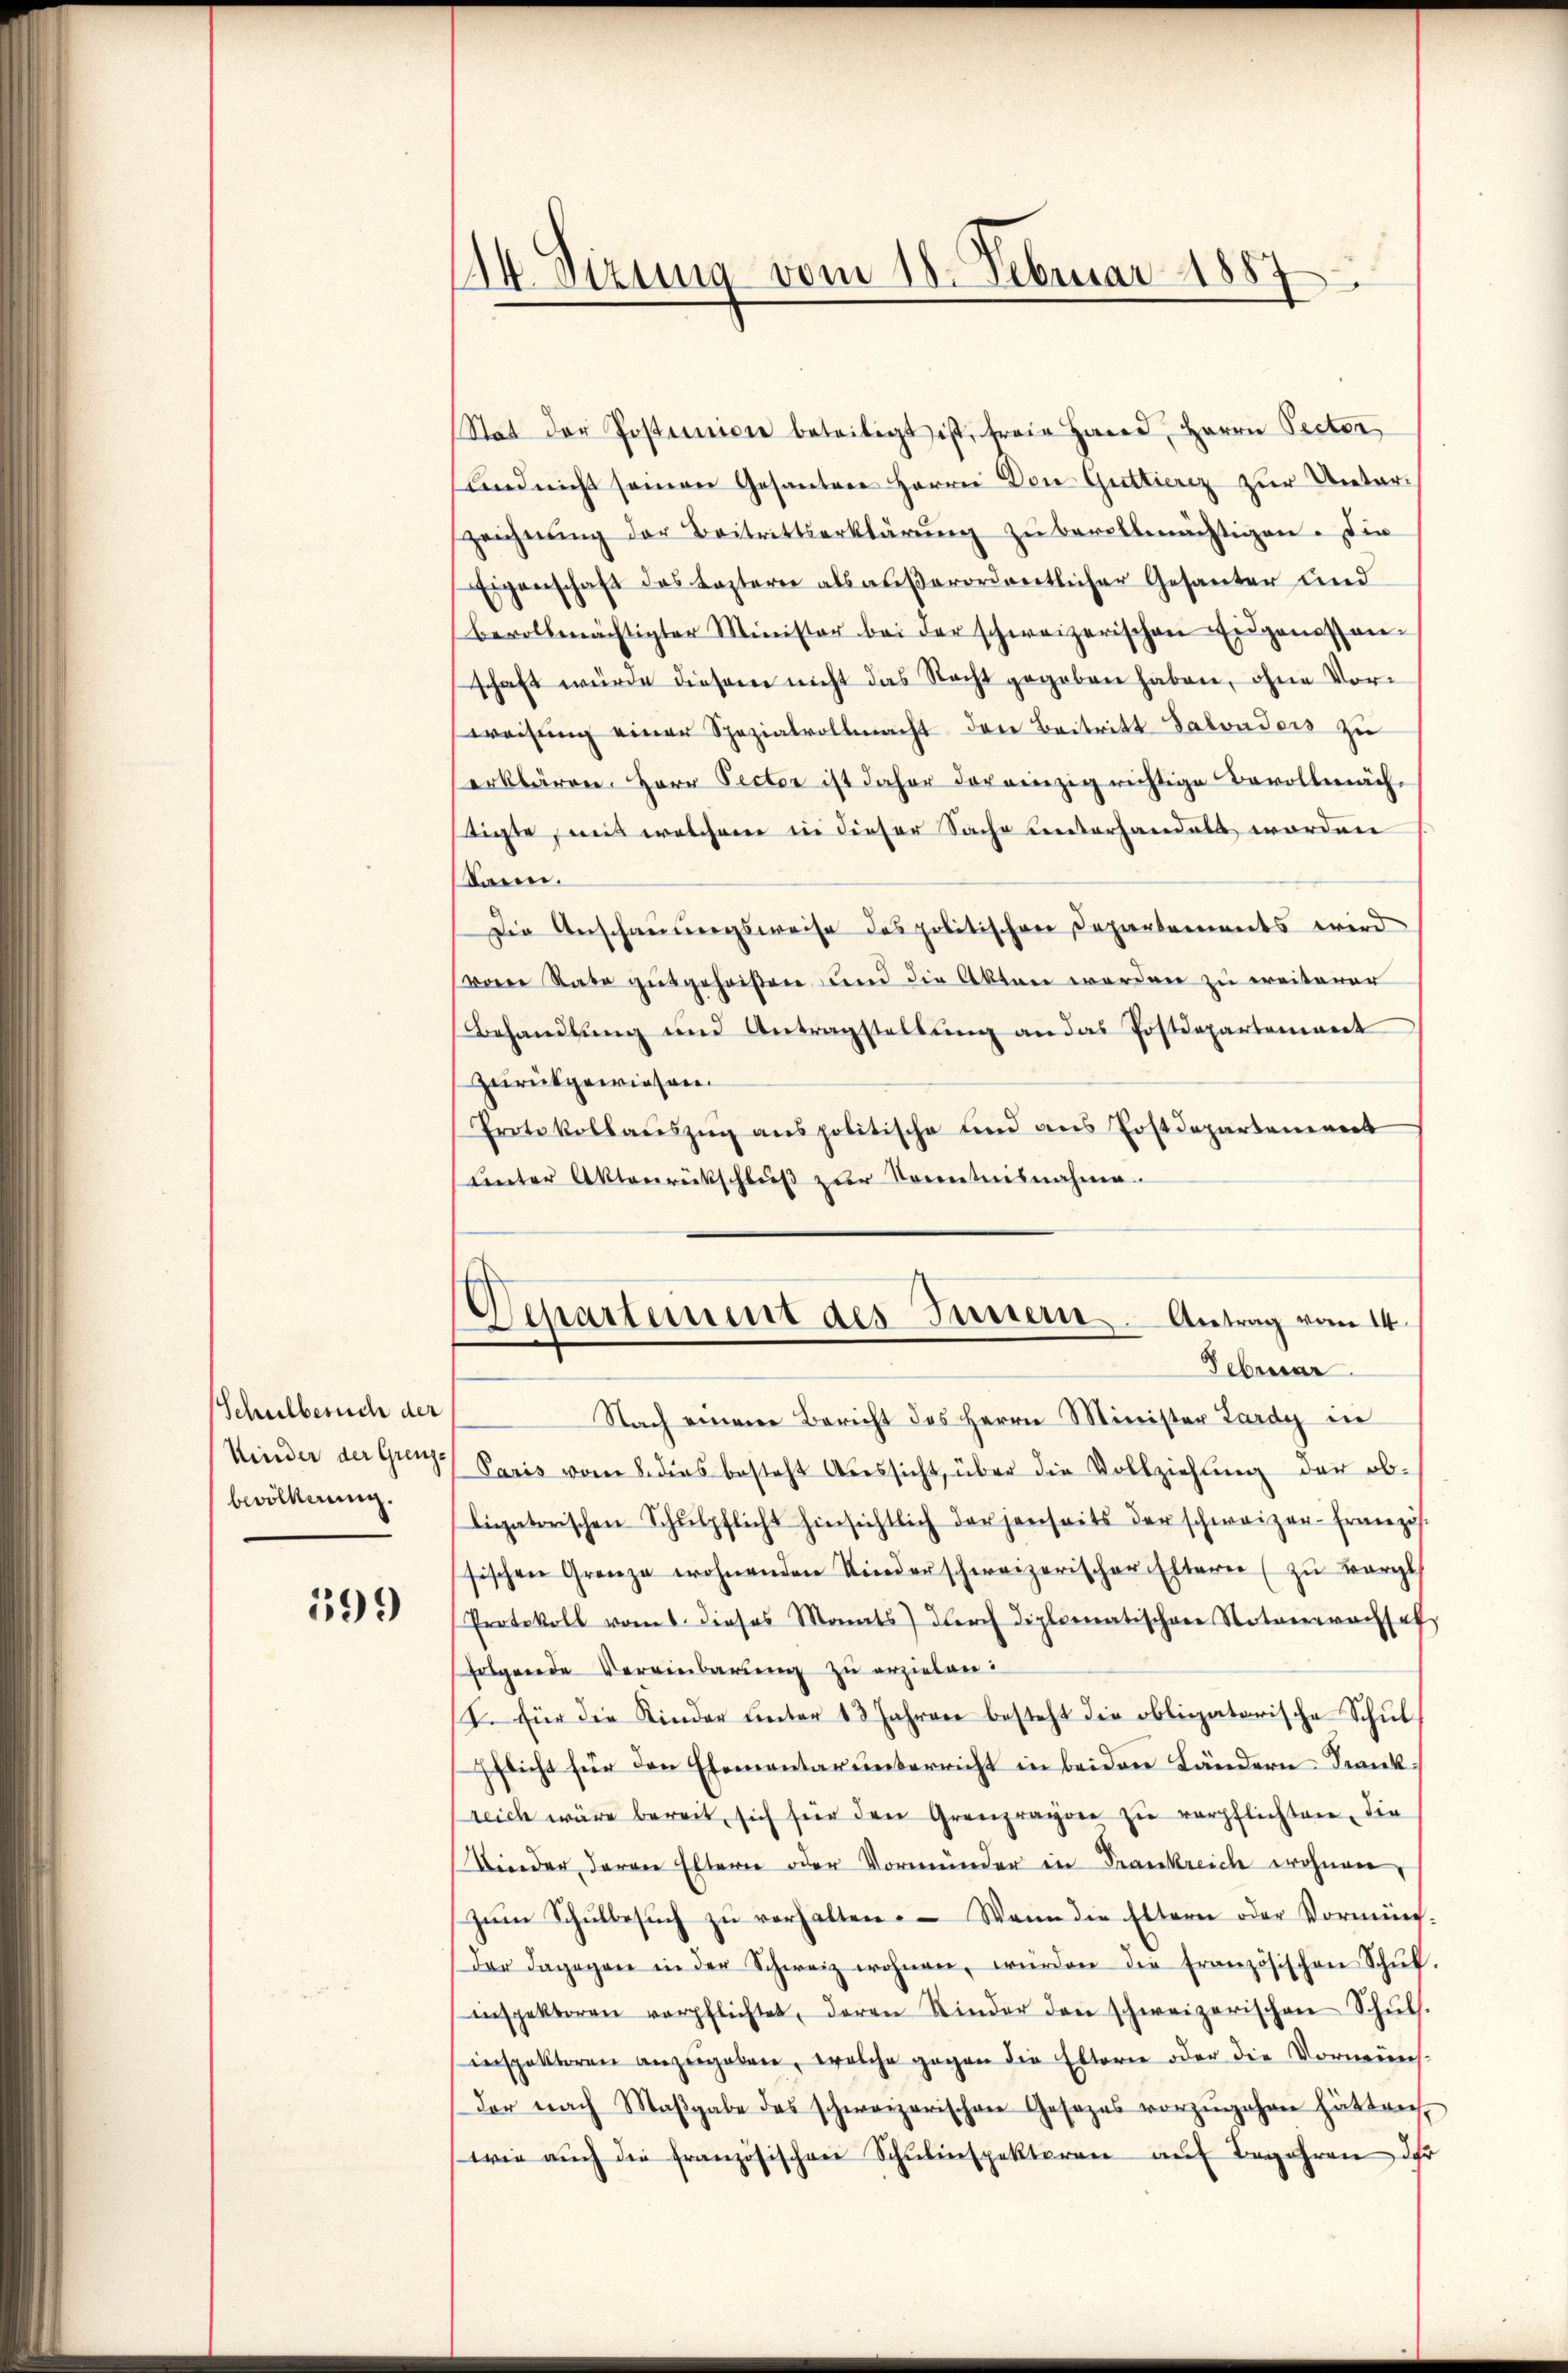
Schulbesuch der
bevölkerung.

399

14. Sirung vom 18. Februar 1887

Stat der Postumiere beteiligt ist, freie Hand, Herrn Pector
und nicht seinen Gesantere Herrn Don Guttierez zur Unterzeichnŭng der Beitrittserklärŭng zŭ bevollmächtigen. Die
Eigenschaft des Leztern als aŭβerordentlicher Gesanter und
bevollmächtigter Minister bei der schweizerischen Eidgenossen-
schaft würde diesem nicht das Recht gegeben haben, ohne Vorweisung einer Spezialvollmacht den Beitritt Salonders zu
erklären. Herr Pector ist daher der einzig richtige Bevollmäch-
tigte mit welchem in dieser Sache unterhandelt worden
Sann.
Die Anschauungsweise des politischen Departements wird
vom Rate gutgeheißen und die Akten werden zu ereiterer
Behandlŭng und Antragstellŭng an das Postdepartoniert
Zurückgewiesen.
Protokollaŭszŭg anspolitische und ans Postdepartement
unter Aktenrückschluß zur Kenntnisnahme
Departement des Inner Antrag vom 14.
Februar
Nach einen Bericht des Herrn Minister Lardy in
Kinder der Grenz Paris vom 8. dies besteht Aŭssicht, über die Vollziehŭng der ob-
ligatorischen Schŭlpflicht hinsichtlich der jenseits der schweizer-Französ.
sischen Grenze wohnenden Kinderschweizerischer Eltern (zu vergl
Protokoll vom 1. dieses Monats dŭrch diplomatischer Notarerwachsel
folgende Vereinbarung zu erzielen:
t. Für die Kinder ŭnter 13 Jahren besteht die obligatorische Schŭl
Pflicht für den Ehementar unterricht in beiden Ländern Frankreich wäre bereit, sich für den Grenzrayon zu verpflichten, die
Wieder daran Eltern oder Vormünder in Frankreich wohnen,
zŭm Schŭlbesŭch zŭ verhalten. Wenn die Eltern oder Vormen-
der dagegen in der Schweiz wohnen, würden die französischen Schŭl-
inspektoren verpflichtet, deren Kinder den schweizerischen Schŭls.
inspektoren anzŭgeben, welche gegen die Eltern oder die Vorneinsder nach Maβgabe das schweizerischen Gesezes vorzŭgehen hätten.
wie aŭch die französischen Schŭlinspektoren aŭf Begehren der